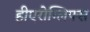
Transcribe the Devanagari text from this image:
हीएरोग्लिफ्स